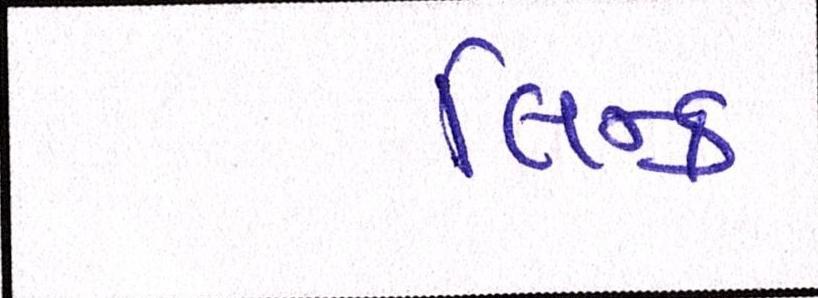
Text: લિન્ક